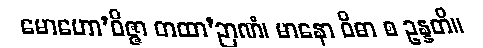
မောဟော’ဝိဇ္ဇာ တထာ’ဉာဏံ၊ မာနော ဝိဓာ စ ဥန္နတိ။